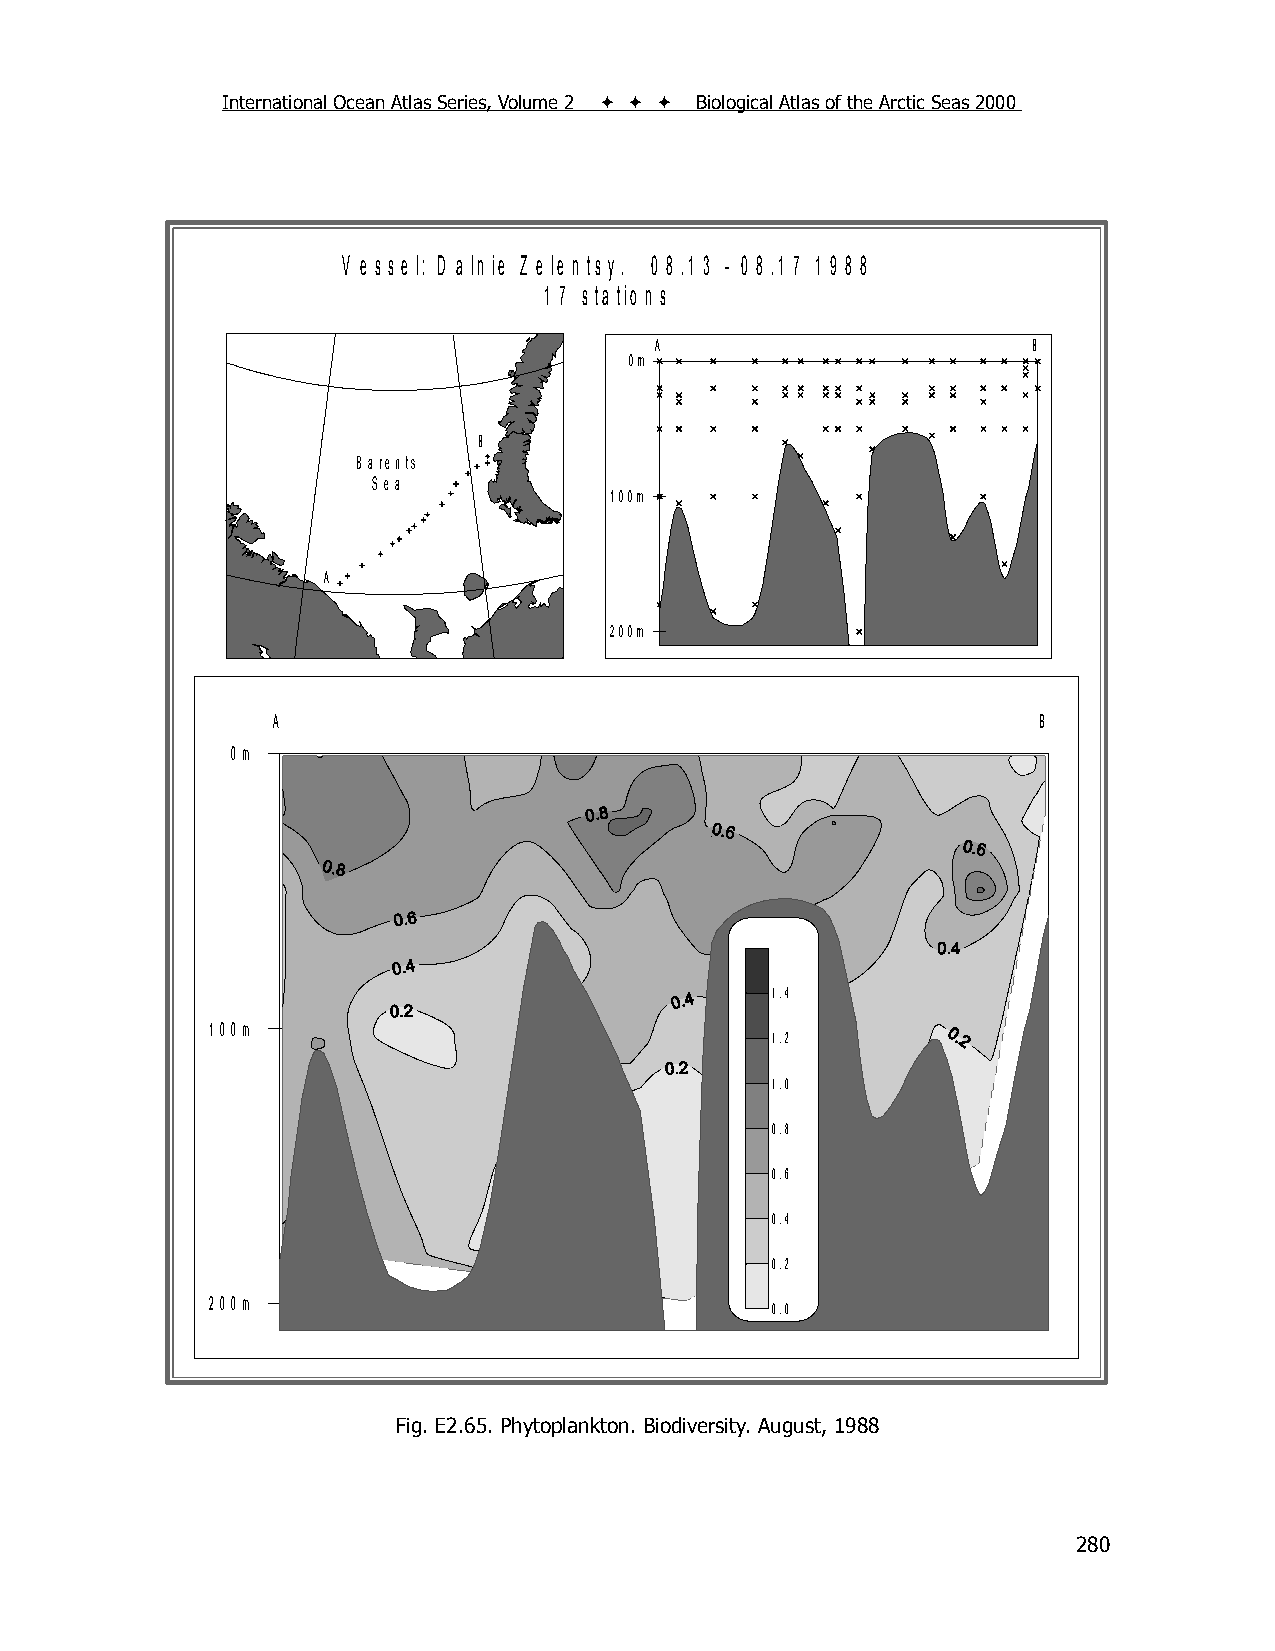
International Ocean Atlas Series, Volume 2    Biological Atlas of the Arctic Seas 2000
 V e s s e l: D a ln ie Z e le n ts y . 0 8 .1 3 - 0 8 .1 7 1 9 8 8
 1 7 s ta tio n s
 A                        B
 0m
 B
 B arents
 S ea
 100m
 A
 200m
 A                                                  B
 0m
 1.4
 100m
 1.2
 1.0
 0.8
 0.6
 0.4
 0.2
 200m
 0.0
 Fig. E2.65. Phytoplankton. Biodiversity. August, 1988
 280